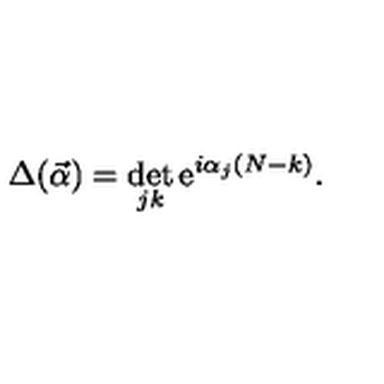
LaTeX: \Delta ( \vec { \alpha } ) = \det _ { j k } \mathrm { e } ^ { i \alpha _ { j } ( N - k ) } .